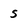
Character: s